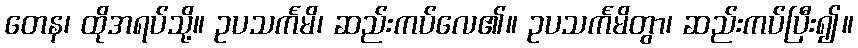
တေန၊ ထိုအရပ်သို့။ ဥပသင်္ကမိ၊ ဆည်းကပ်လေ၏။ ဥပသင်္ကမိတွာ၊ ဆည်းကပ်ပြီး၍။